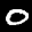
Label: 0